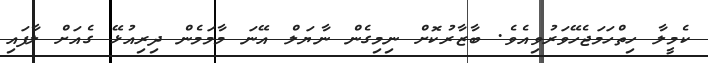
ކެމީލާ ހިތްހަމަޖެހޭވަރުވިއެވެ. ބާޒާރުކޮށް ނިމިގެން ނާޔަލް އޭނަ މާމަމެން ދިރިއުޅޭ ގެއަށް ލާފައި